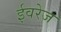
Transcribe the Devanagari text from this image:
ईवरेज